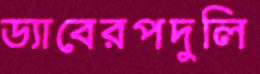
ড্যাবেরপদুলি